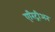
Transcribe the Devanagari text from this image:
एरिट्रीअन